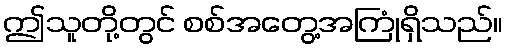
ဤသူတို့တွင် စစ်အတွေ့အကြုံရှိသည်။